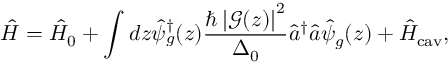
\hat { H } = \hat { H } _ { 0 } + \int d z \hat { \psi } _ { g } ^ { \dagger } ( z ) \frac { \hbar \left| \mathcal { G } ( z ) \right| ^ { 2 } } { \Delta _ { 0 } } \hat { a } ^ { \dagger } \hat { a } \hat { \psi } _ { g } ( z ) + \hat { H } _ { \mathrm { c a v } } ,